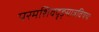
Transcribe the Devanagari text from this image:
परमशिवदृङ्मात्रविषयः